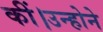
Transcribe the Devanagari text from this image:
कीं।उन्होने